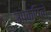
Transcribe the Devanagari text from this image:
उपेक्षिले